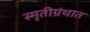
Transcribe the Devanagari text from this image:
स्मृतीग्रंथात